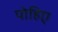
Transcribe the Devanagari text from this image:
पोहिए